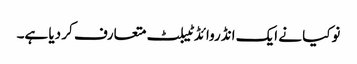
نوکیا نے ایک انڈروائڈ ٹیبلٹ متعارف کر دیا ہے۔